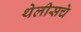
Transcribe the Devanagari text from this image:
थेलीसचे